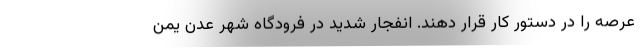
عرصه را در دستور کار قرار دهند. انفجار شدید در فرودگاه شهر عدن یمن